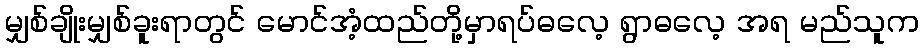
မျှစ်ချိုးမျှစ်ခူးရာတွင် မောင်အံ့ထည်တို့မှာရပ်ဓလေ့ ရွာဓလေ့ အရ မည်သူက